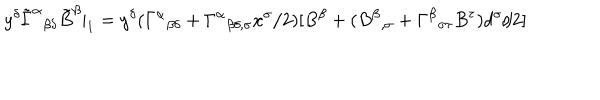
y ^ { \delta } \tilde { \Gamma } ^ { \alpha } { } _ { \beta \delta } \tilde { B } ^ { \beta } | _ { 1 } = y ^ { \delta } ( \Gamma ^ { \alpha } { } _ { \beta \delta } + \Gamma ^ { \alpha } { } _ { \beta \delta , \sigma } x ^ { \sigma } / 2 ) [ B ^ { \beta } + ( B ^ { \beta } { } _ { , \sigma } + \Gamma ^ { \beta } { } _ { \sigma \tau } B ^ { \tau } ) d ^ { \sigma } / 2 ]